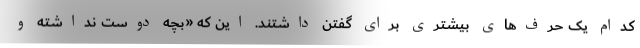
کدام یک حرف‌های بیشتری برای گفتن داشتند. این که «بچه دوست نداشته و